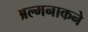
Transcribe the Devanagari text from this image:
अल्मनाकने